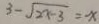
3 - \sqrt { 2 x - 3 } = - x